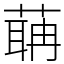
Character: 䔜